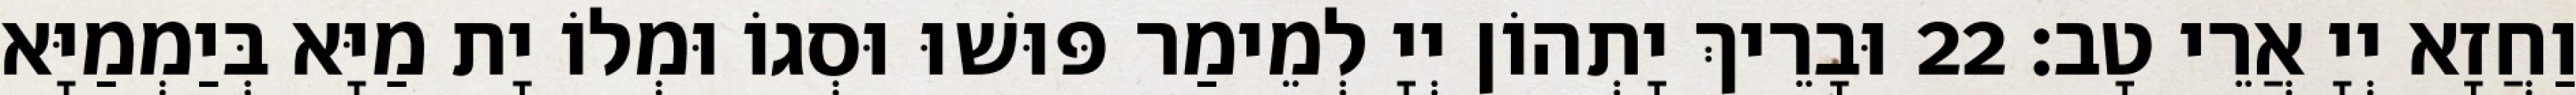
וַחֲזָא יְיָ אֲרֵי טָב׃ 22 וּבָרֵיךְ יָתְהוֹן יְיָ לְמֵימַר פּוּשׁוּ וּסְגוֹ וּמְלוֹ יָת מַיָּא בְּיַמְמַיָּא